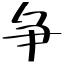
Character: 争